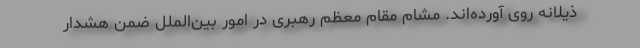
ذیلانه روی آورده‌اند. مشام مقام معظم رهبری در امور بین‌الملل ضمن هشدار